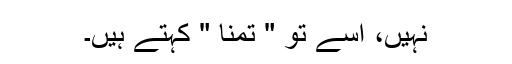
نہیں، اسے تو " تمنا " کہتے ہیں۔